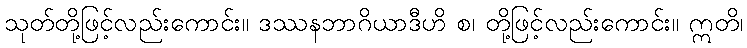
သုတ်တို့ဖြင့်လည်းကောင်း။ ဒဿနဘာဂိယာဒီဟိ စ၊ တို့ဖြင့်လည်းကောင်း။ ဣတိ၊